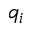
q _ { i }